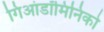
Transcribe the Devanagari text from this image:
गिआंडॉमिनिको